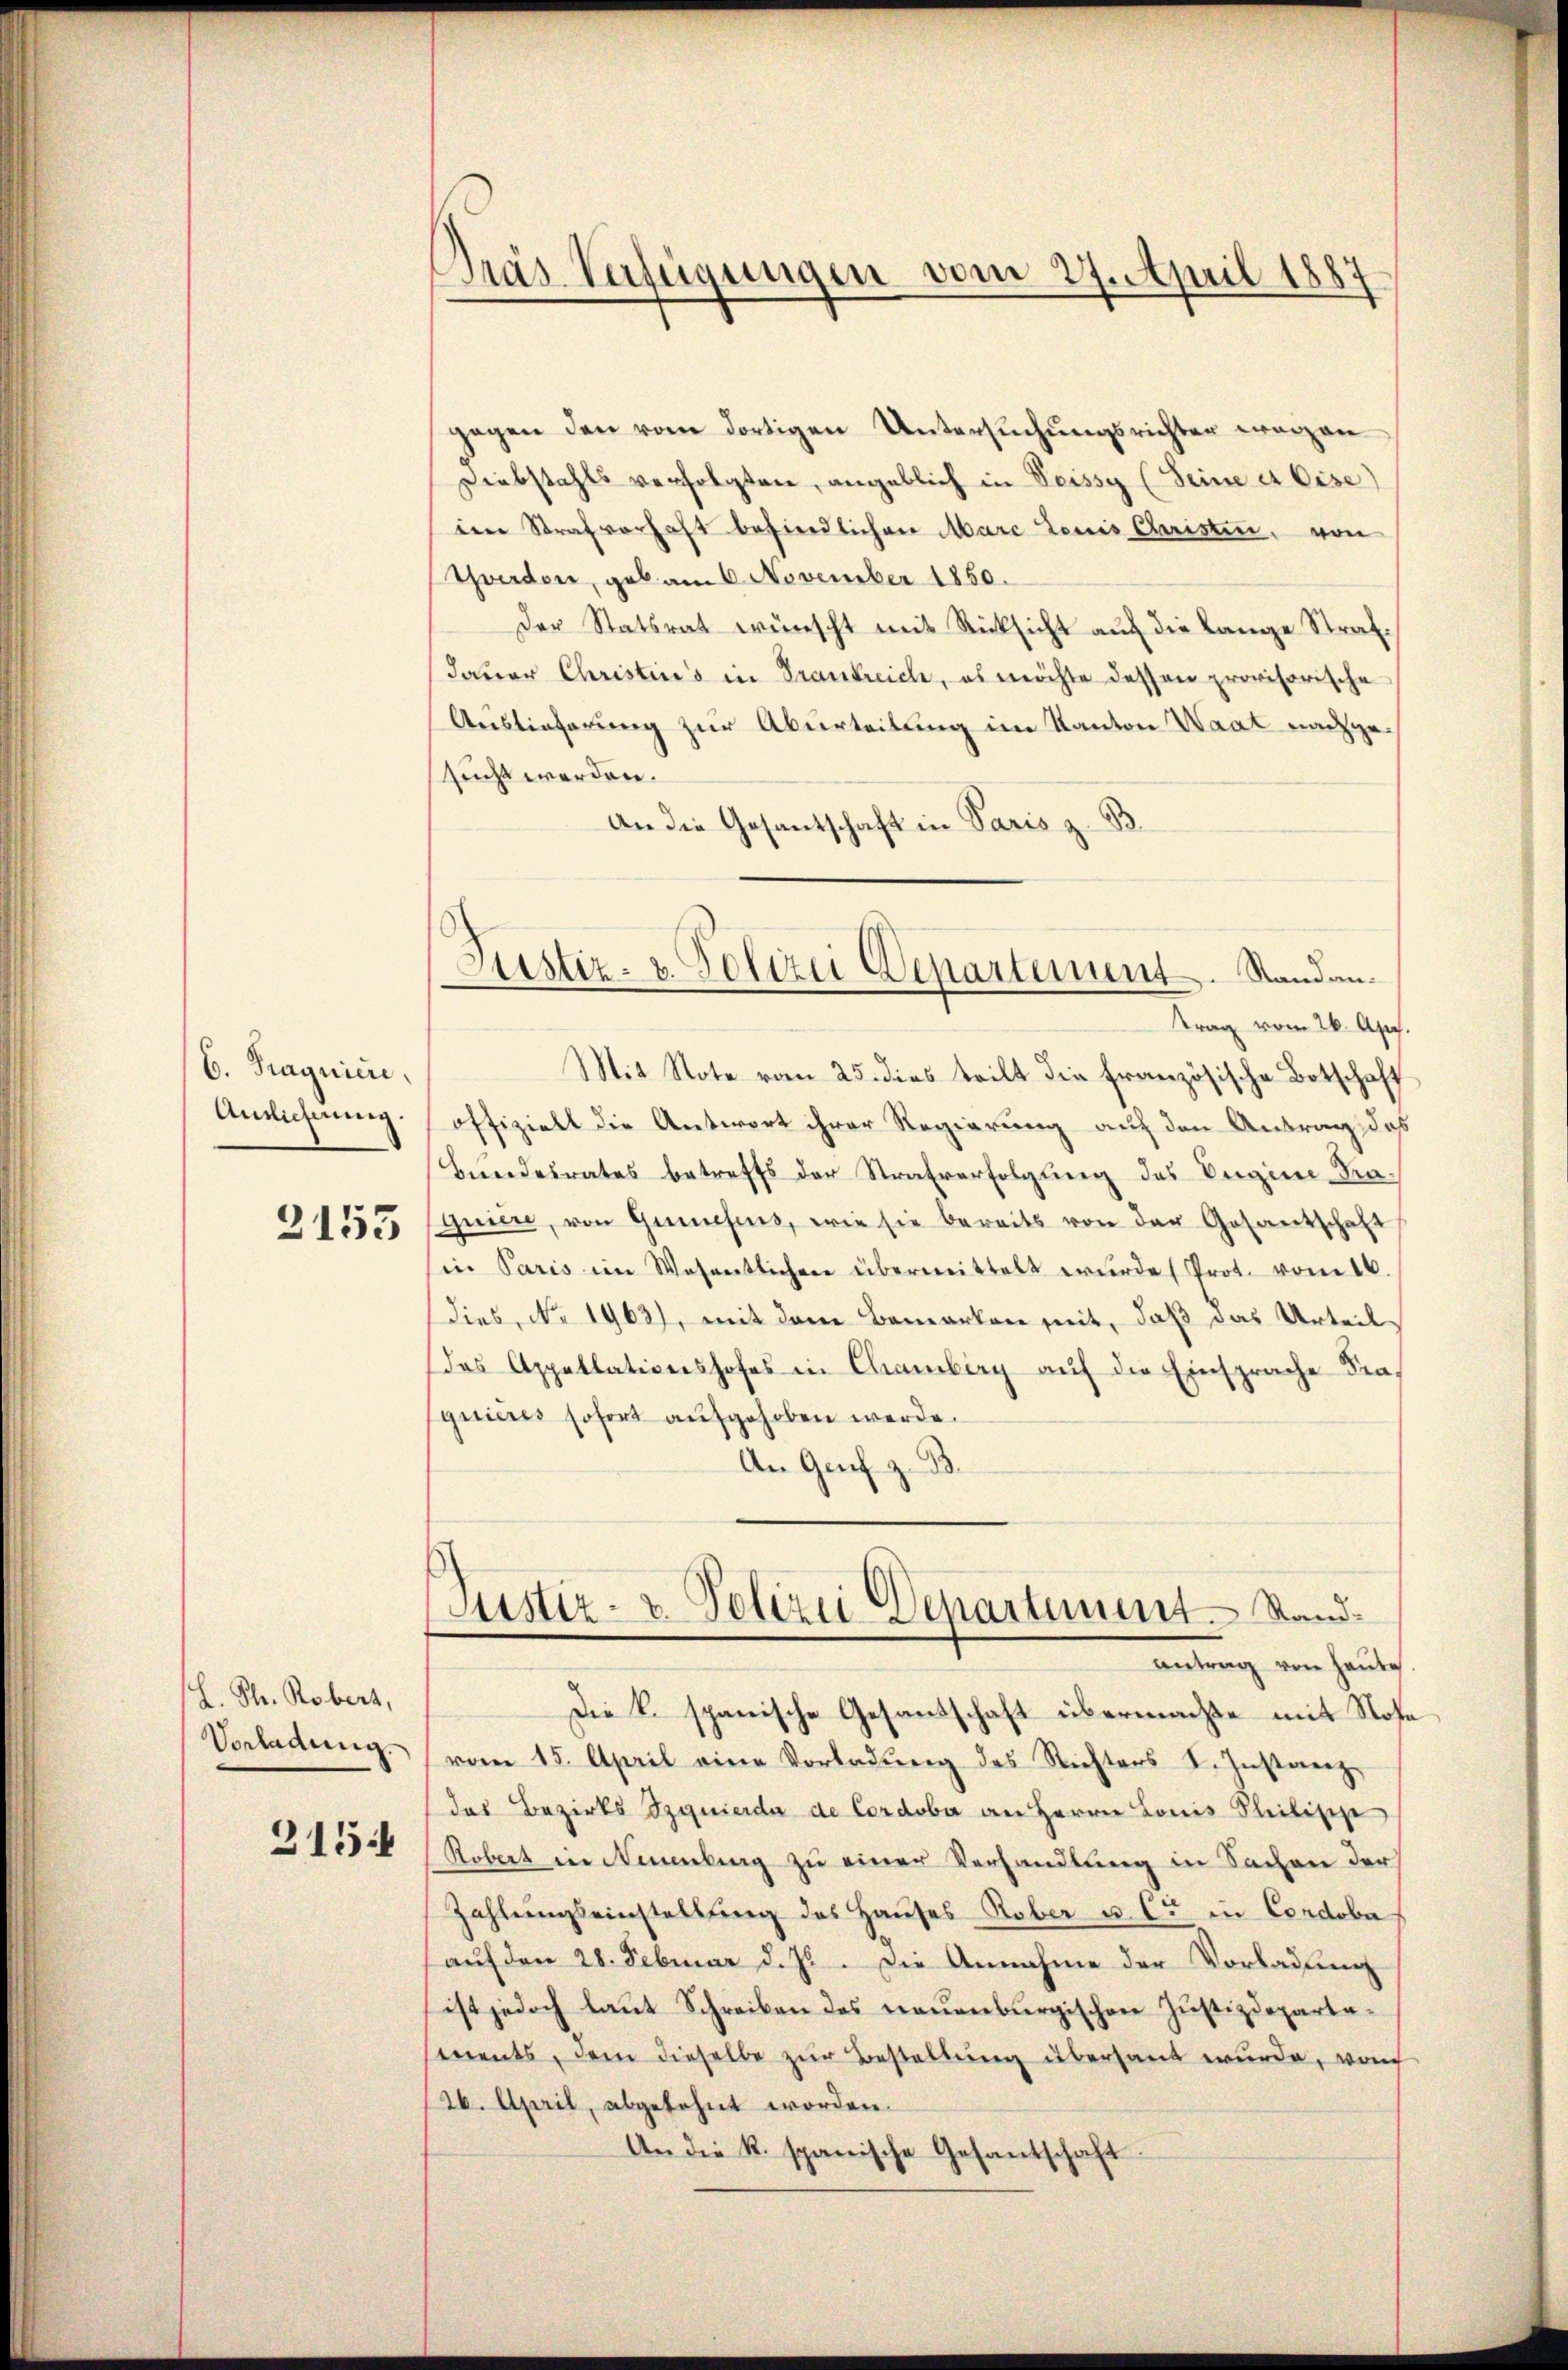
6. Fragnici,
Antlichnung.

2153

h. Th. Robert,
Vorladung.
315.

Pras Verfügungen vom 27. April 1887

Justiz- u. Polizei Departement. Standantrag vom 26. Apr.

gegen den vom dortigen Untersuchungsrichter wegen
Diebstahls verfolgten, angeblich in Veissy (Seine et Cise)
im Strafverhaft befindlichen Marc Louis Christen, von
Yverdon, geb. am 6. November 1850.
Der Statsrat wünscht mit Rücksicht auf die Lange Strafdauer Christins in Trankreich, es möchte dessen provisorische
Auslieferung zur Aburteilung im Kanton Waat nachgesucht werden.
An die Gesantschaft in Paris z. B.
Mit Note vom 25. dies teilt die französische Botschaft
offizielt die Antwort ihrer Regierung auf den Antrag das
Bŭndesrates betreffs der Strafverfolgung des Origine Praquiere, von Genesens, wie sie bereits von der Gesantschaft
in Paris im Wesentlichen übermittelt wurde (Prot. vom 16
dies, No. 1963), mit dem Bemerken mit, daß das Urteil
das Appellationshofes in Chamberg auf die Einsprache Fra-
quieres sofort aufgehoben werde.
An Genf z. B.
Justiz- & Polizei Departement. Standantrag von Haute
Die K. spanische Gesandschaft übermachte mit Rose
vom 15. April eine Vorladŭng des Richters I. Instanzdas Bezirks Szquierda de Cordober an Herrn Lonis Philische
Robert in Neuenburg zu einer Verhandlung in Sachen der
Zahlungseinstellung des Hauses Rober u. Cr in Condoba
aŭf den 28. Februar d. Js. Die Annahme der Vorladung
ist jedoch laŭt Schreiben des neuenburgischen Justizdeparta-
ments, dem dieselbe zŭr Bestellung übersant wurde, von
26. April, abgelehnt worden.
An die R. spanische Gesantschaft